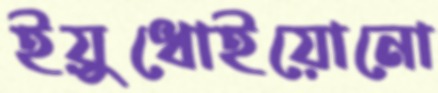
ইয়ুধোইয়োনো